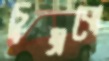
চুম্‌রবো